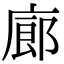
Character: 廊